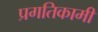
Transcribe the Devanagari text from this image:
प्रगतिकामी